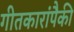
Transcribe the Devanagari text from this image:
गीतकारांपैकी